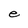
Character: e